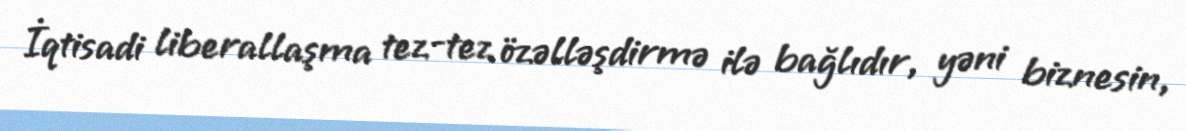
İqtisadi liberallaşma tez-tez özəlləşdirmə ilə bağlıdır, yəni biznesin,